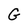
Character: G